Indian journal of veterinary science and animal husbandry - Volumes 18-21, 1948-1951
Year: 1948
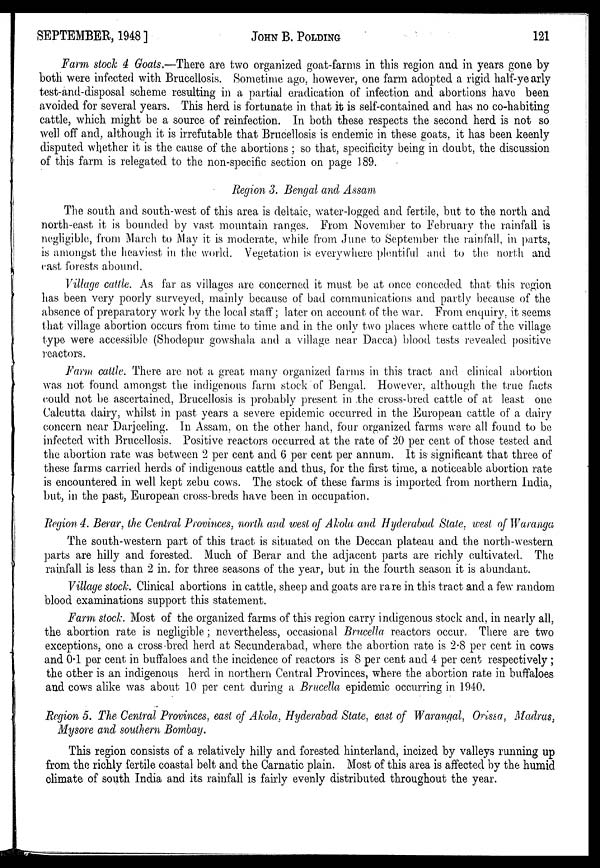
SEPTEMBER, 1948 ]
JOHN
B.
POLDING
121
Farm stock 4 Goats.—There are two organized goat-farms in this region and in years gone by
both were infected with Brucellosis. Sometime ago, however, one farm adopted a rigid half-yearly
test-and-disposal scheme resulting in a partial eradication of infection and abortions have been
avoided for several years. This herd is fortunate in that it is self-contained and has no co-habiting
cattle, which might be a source of reinfection. In both these respects the second herd is not so
well off and, although it is irrefutable that Brucellosis is endemic in these goats, it has been keenly
disputed whether it is the cause of the abortions ; so that, specificity being in doubt, the discussion
of this farm is relegated to the non-specific section on page 189.
Region 3. Bengal and Assam
The south and south-west of this area is deltaic, water-logged and fertile, but to the north and
north-east it is bounded by vast mountain ranges. From November to February the rainfall is
negligible, from March to May it is moderate, while from June to September the rainfall, in parts,
is amongst the heaviest in the world. Vegetation is everywhere plentiful and to the north and
east forests abound.
Village cattle. As far as villages are concerned it must be at once conceded that this region
has been very poorly surveyed, mainly because of bad communications and partly because of the
absence of preparatory work by the local staff; later on account of the war. From enquiry, it seems
that village abortion occurs from time to time and in the only two places where cattle of the village
type were accessible (Shodepur gowshala and a village near Dacca) blood tests revealed positive
reactors.
Farm cattle. There are not a great many organized farms in this tract and clinical abortion
was not found amongst the indigenous farm stock of Bengal. However, although the true facts
could not be ascertained, Brucellosis is probably present in the cross-bred cattle of at least one
Calcutta dairy, whilst in past years a severe epidemic occurred in the European cattle of a dairy
concern near Darjeeling. In Assam, on the other hand, four organized farms were all found to be
infected with Brucellosis. Positive reactors occurred at the rate of 20 per cent of those tested and
the abortion rate was between 2 per cent and 6 per cent per annum. It is significant that three of
these farms carried herds of indigenous cattle and thus, for the first time, a noticeable abortion rate
is encountered in well kept zebu cows. The stock of these farms is imported from northern India,
but, in the past, European cross-breds have been in occupation.
Region 4. Berar, the Central Provinces, north and west of Akola and Hyderabad State, west of Waranga
The south-western part of this tract is situated on the Deccan plateau and the north-western
parts are hilly and forested. Much of Berar and the adjacent parts are richly cultivated. The
rainfall is less than 2 in. for three seasons of the year, but in the fourth season it is abundant.
Village stock. Clinical abortions in cattle, sheep and goats are rare in this tract and a few random
blood examinations support this statement.
Farm stock. Most of the organized farms of this region carry indigenous stock and, in nearly all,
the abortion rate is negligible; nevertheless, occasional Brucella reactors occur. There are two
exceptions, one a cross-bred herd at Secunderabad, where the abortion rate is 2.8 per cent in cows
and 0.1 per cent in buffaloes and the incidence of reactors is 8 per cent and 4 per cent respectively;
the other is an indigenous herd in northern Central Provinces, where the abortion rate in buffaloes
and cows alike was about 10 per cent during a Brucella epidemic occurring in 1940.
Region 5. The Central Provinces, east of Akola, Hyderabad State, east of Warangal, Orissa, Madras,
Mysore and southern Bombay.
This region consists of a relatively hilly and forested hinterland, incized by valleys running up
from the richly fertile coastal belt and the Carnatic plain. Most of this area is affected by the humid
climate of south India and its rainfall is fairly evenly distributed throughout the year.